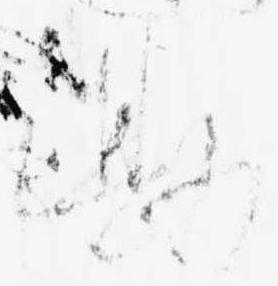
勘